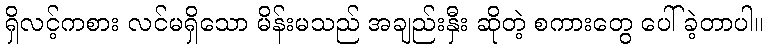
ရှိလင့်ကစား လင်မရှိသော မိန်းမသည် အချည်းနှီး ဆိုတဲ့ စကားတွေ ပေါ်ခဲ့တာပါ။